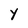
Character: Y